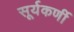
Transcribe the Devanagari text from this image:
सूर्यकर्णी